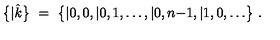
\bigl \{ | \hat { k } \bigr \} \ = \ \bigl \{ | 0 , 0 , | 0 , 1 , \ldots , | 0 , n { - } 1 , | 1 , 0 , \ldots \bigr \} \ .